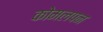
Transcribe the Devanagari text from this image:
कोमलपन